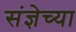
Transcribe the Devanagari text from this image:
संज्ञेच्या